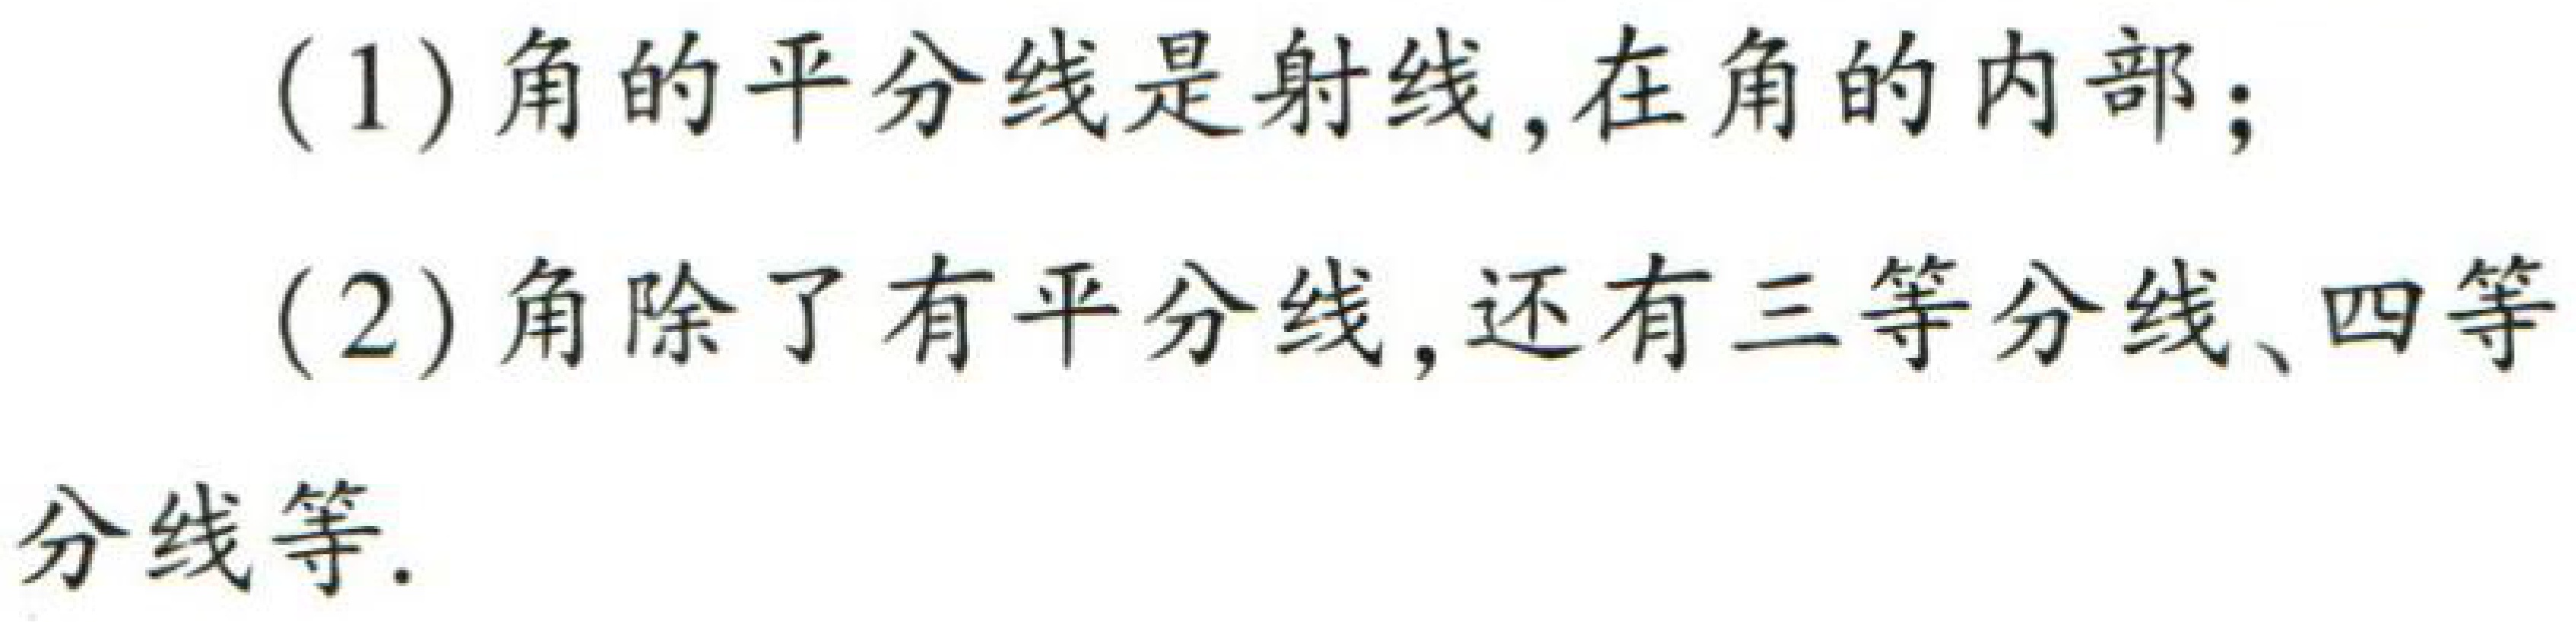
(1) 角的平分线是射线,在角的内部；

(2) 角除了有平分线,还有三等分线、四等

分线等.